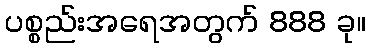
ပစ္စည်းအရေအတွက် 888 ခု။